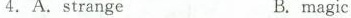
4.A.strangeB. magic